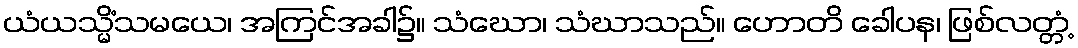
ယံယသ္မိံသမယေ၊ အကြင်အခါ၌။ သံဃော၊ သံဃာသည်။ ဟောတိ ခေါပန၊ ဖြစ်လတ္တံ့